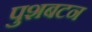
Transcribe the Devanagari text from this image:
पुशबटन